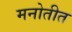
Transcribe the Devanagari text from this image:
मनोतीत